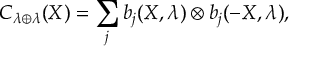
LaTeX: C _ { \lambda \oplus \lambda } ( X ) = \sum _ { j } b _ { j } ( X , \lambda ) \otimes b _ { j } ( - X , \lambda ) ,